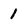
Character: 1